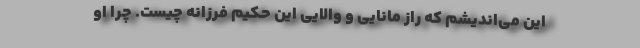
این می‌اندیشم که راز مانایی و والایی این حکیم فرزانه چیست. چرا او